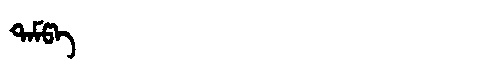
Manchu: ᡨᠠᠮᡦᠠ
Romanization: TAMPA